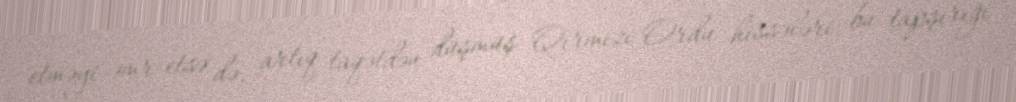
etməyi əmr etsə də, artıq taqətdən düşmüş Qırmızı Ordu hissələri bu tapşırığı